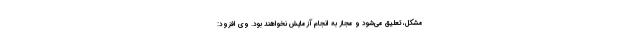
مشکل، تعلیق می‌شود و مجاز به انجام آزمایش نخواهند بود. وی افزود: